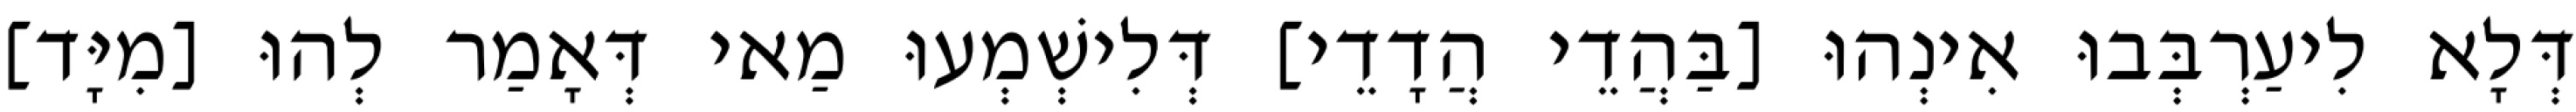
דְּלָא לִיעַרְבְּבוּ אִינְהוּ [בַּהֲדֵי הֲדָדֵי] דְּלִישְׁמְעוּ מַאי דְּאָמַר לְהוּ [מִיָּד]